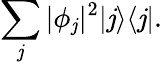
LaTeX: \sum_{\mathit{j}}|\phi_{\mathit{j}}|^{2}|\mathit{j}\rangle\langle\mathit{j}|.